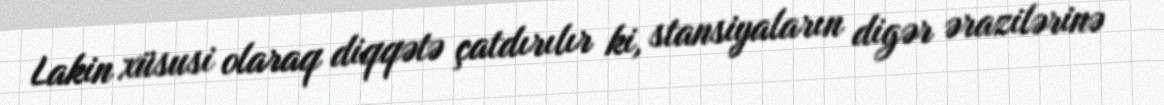
Lakin xüsusi olaraq diqqətə çatdırılır ki, stansiyaların digər ərazilərinə